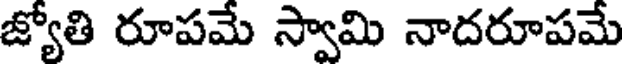
జ్యోతి రూపమే స్వామి నాదరూపమే